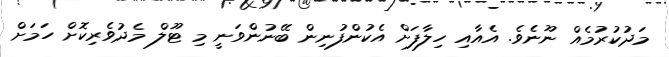
މަދުކުރުމެއް ނޫނެވެ. އެއާއި ހިލާފަށް އެކުންފުނިން ބޭނުންވަނީ މި ޓޫލް މެދުވެރިކޮށް ހަމަށް